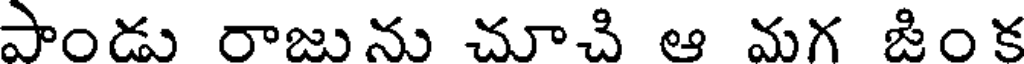
పాండు రాజును చూచి ఆ మగ జింక